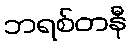
ဘရစ်တနီ